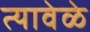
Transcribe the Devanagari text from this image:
त्यावेळे